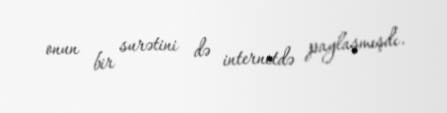
onun bir surətini də internetdə paylaşmışdı.